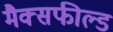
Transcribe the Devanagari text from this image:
मैक्सफील्ड